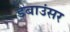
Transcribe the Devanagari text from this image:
डेबाउंसर